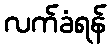
လက်ခံရန်